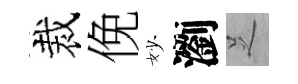
裁俛妙瀏𠯁